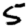
Digit: 5